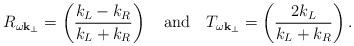
LaTeX: \begin{align*}R_{\omega{\bf k}_{\perp}}=\left(\frac{k_L-k_R}{k_L+k_R}\right)\quad{\rm and}\quad T_{\omega{\bf k}_{\perp}}=\left(\frac{2k_L}{k_L+k_R}\right).\end{align*}